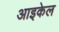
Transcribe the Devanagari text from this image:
आइकेल